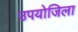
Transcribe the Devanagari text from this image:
उपयोजिला